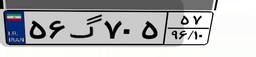
۵۶گ۷۰۵۵۷